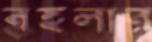
বহলার